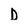
Character: D